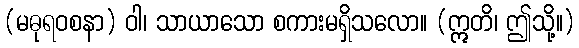
(မဓုရဝစနာ) ဝါ၊ သာယာသော စကားမရှိသလော။ (ဣတိ၊ ဤသို့။)